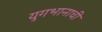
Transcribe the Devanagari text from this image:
युगभानाची